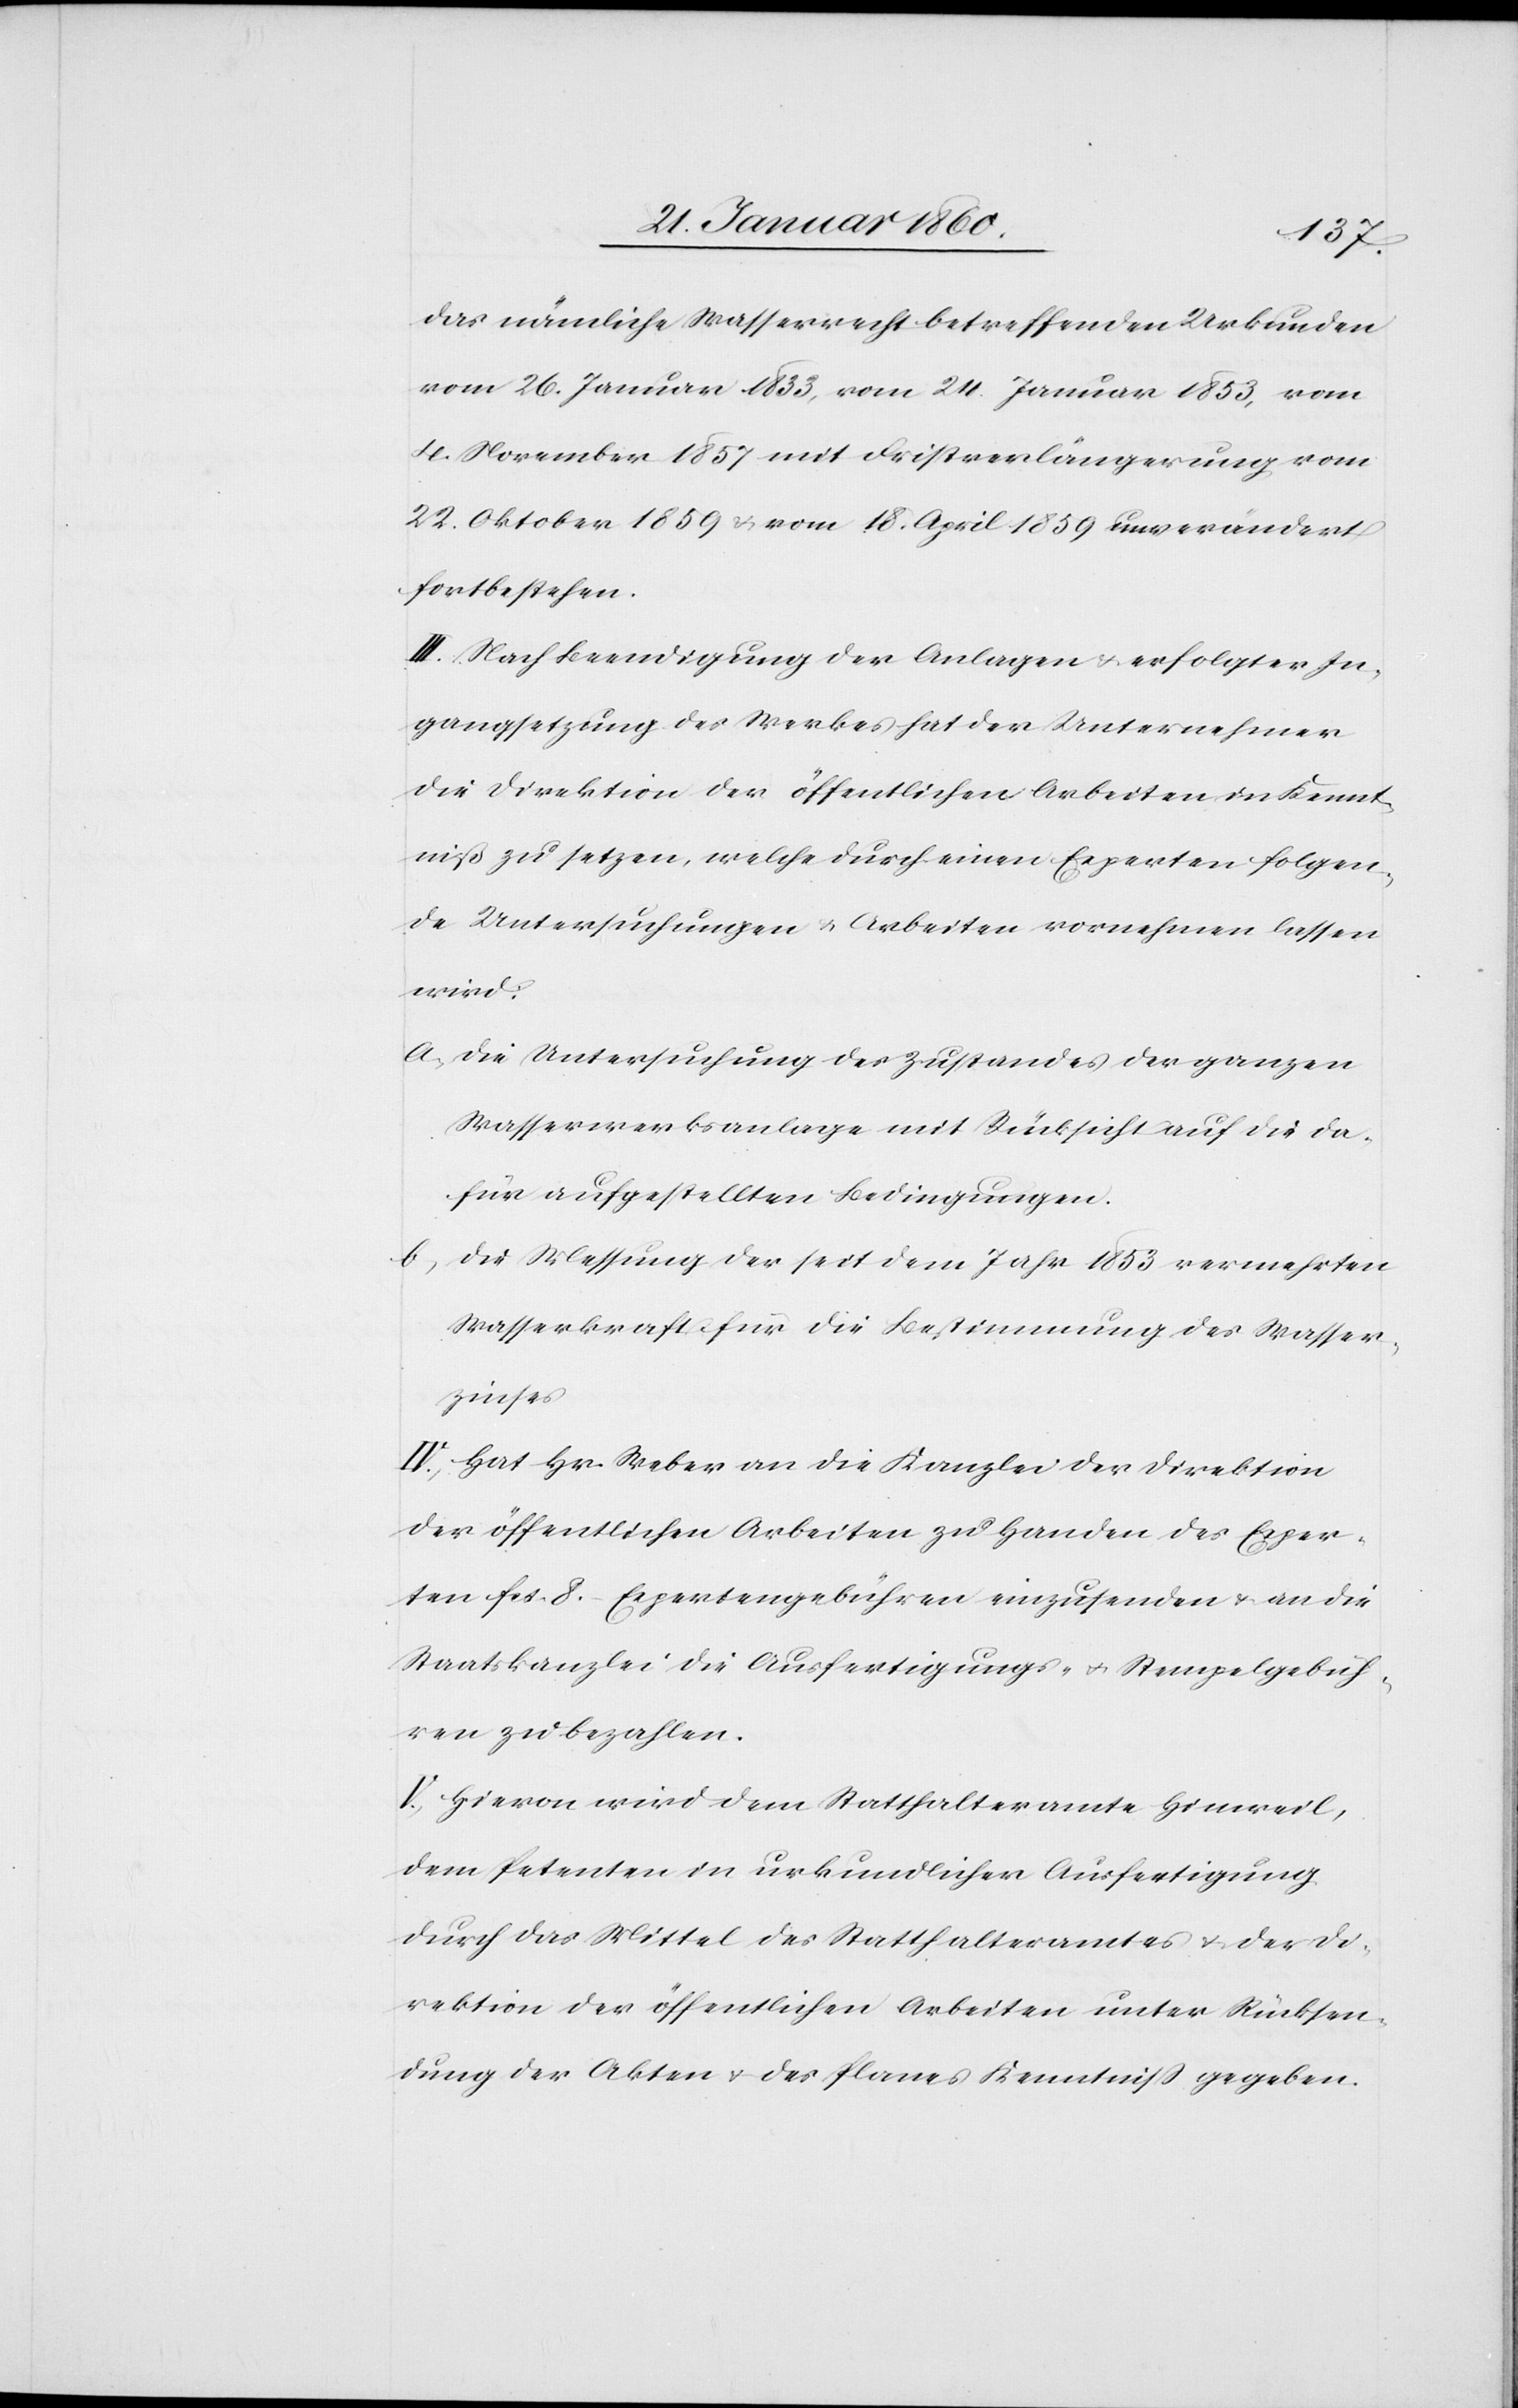
das nämliche Wasserrecht betreffenden Urkunden
vom 26. Januar 1833, vom 24. Januar 1853, vom
4. November 1857 mit Fristverlängerung vom
22. Oktober 1859 u. vom 18. April 1859 unverändert
fortbestehen.
III: Nach Beendigung der Anlagen u. erfolgter In¬
gangsetzung des Werkes hat der Unternehmer
die Direktion der öffentlichen Arbeiten in Kennt¬
niß zu setzen, welche durch einen Experten folgen¬
de Untersuchungen u. Arbeiten vornehmen lassen
wird:
a. die Untersuchung des Zustandes der ganzen
Wasserwerksanlage mit Rücksicht auf die da¬
für aufgestellten Bedingungen.
b.
Die Messung der seit dem Jahre 1853 vermehrten
Wasserkraft für die Bestimmung des Wasser¬
zinses.
IV. Hat Hr. Weber an die Kanzlei der Direktion
der öffentlichen Arbeiten zu Handen des Exper¬
ten fcs. 8. Expertengebühren einzusenden u. an die
Staatskanzlei die Ausfertigungs- u. Stempelgebüh¬
ren zu bezahlen.
V. Hiervon wird dem Statthalteramtes Hinweil,
dem Petenten in urkundlicher Ausfertigung
durch das Mittel des Statthalteramtes u. der Di¬
rektion der öffentlichen Arbeiten unter Rücksen¬
dung der Akten u. des Planes Kenntniß gegeben.